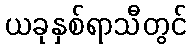
ယခုနှစ်ရာသီတွင်